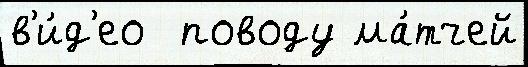
в'и́д'ео  поводу ма́тчей